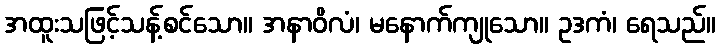
အထူးသဖြင့်သန့်စင်သော။ အနာဝိလံ၊ မနောက်ကျုသော။ ဥဒကံ၊ ရေသည်။